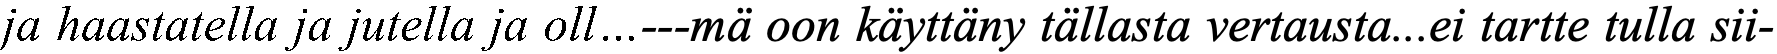
ja haastatella ja jutella ja oll…---mä oon käyttäny tällasta vertausta...ei tartte tulla sii-